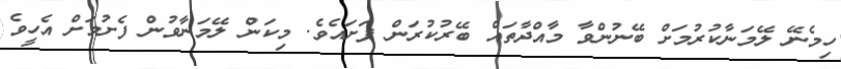
ހިމެނޭ ލޭމަނާކުރުމަށް ބޭނުންވާ މާއްދާތައް ބޭރުކުރަން ފަށައެވެ. މިކަން ލޭމަނާވުން ފެށުމަށް އެހީވެ